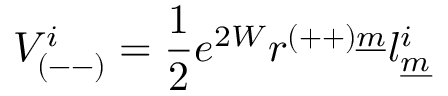
V _ { ( -- ) } ^ { i } = { \frac { 1 } { 2 } } e ^ { 2 W } r ^ { ( + + ) \underline { { { m } } } } l _ { \underline { { { m } } } } ^ { i }